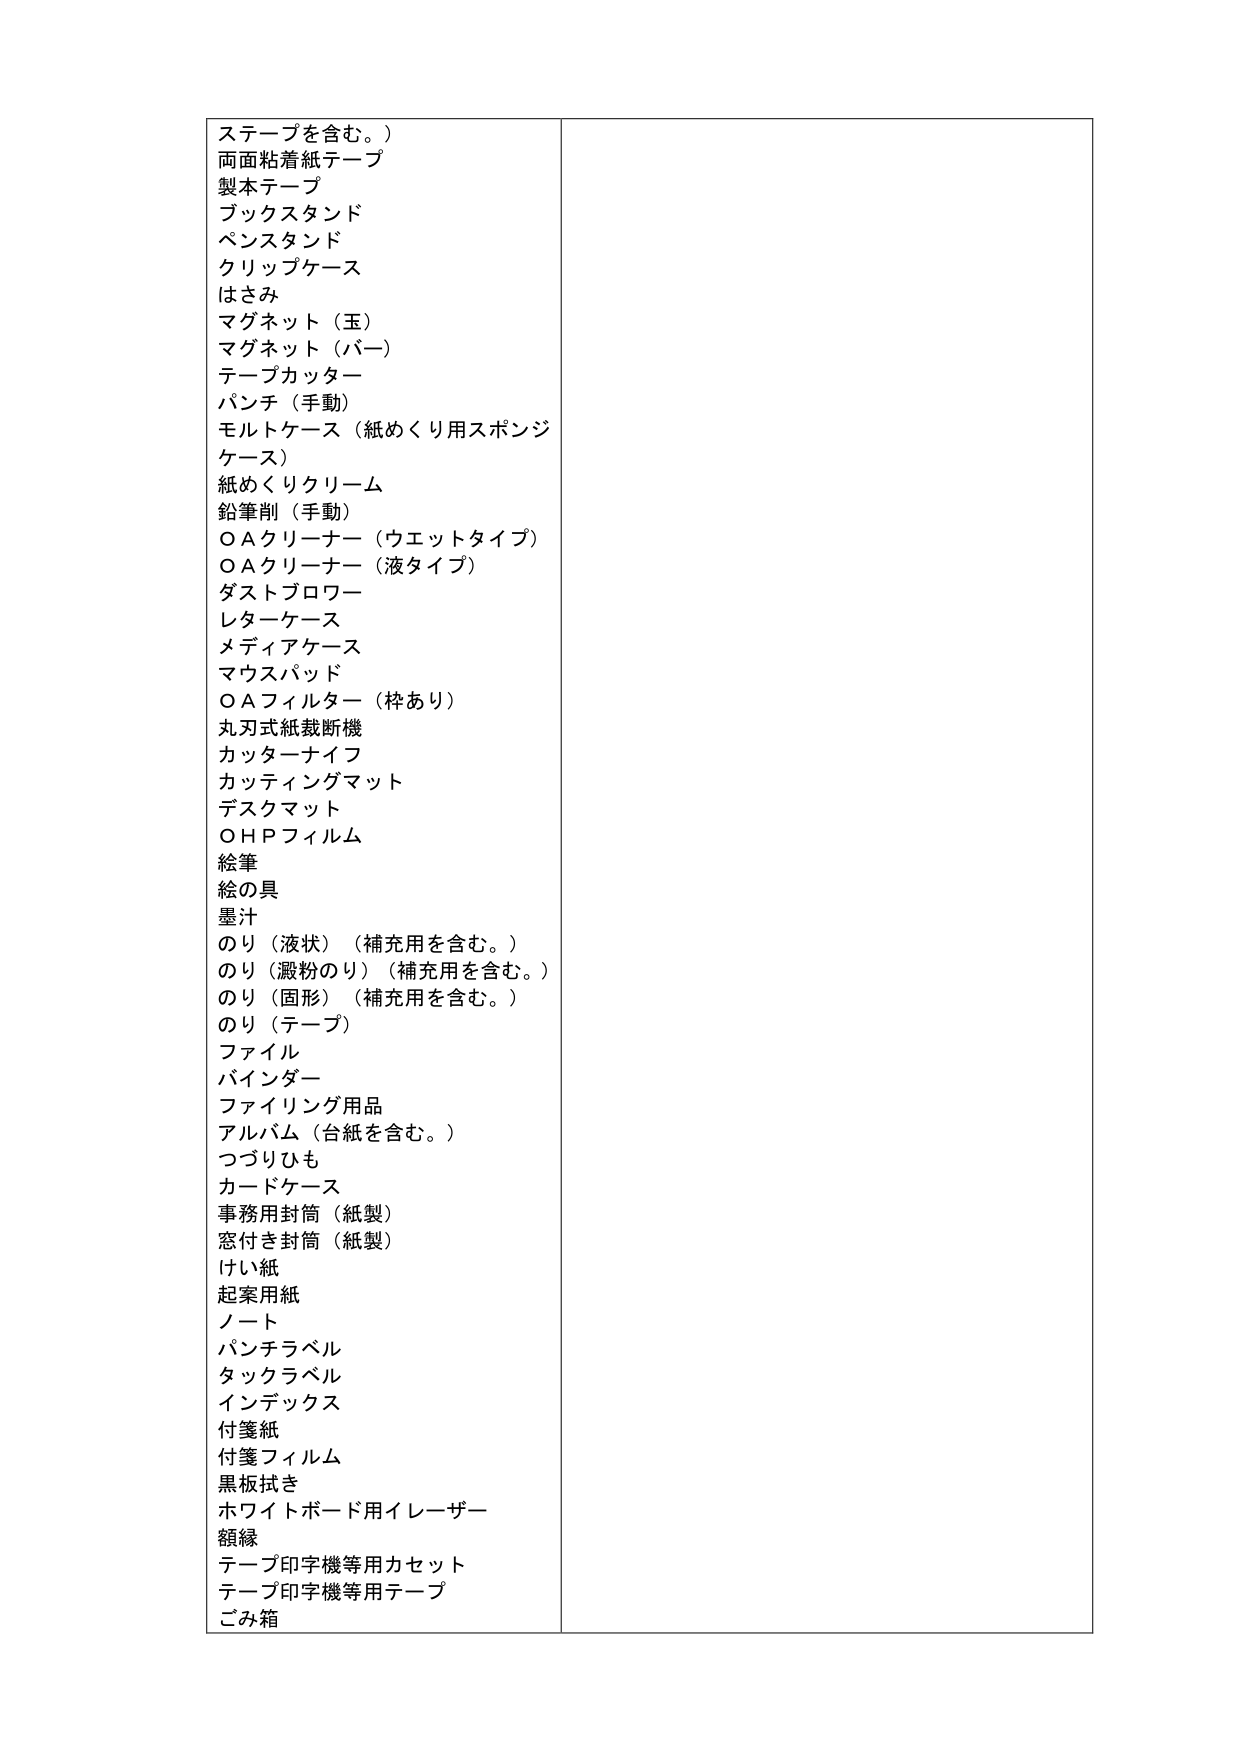
ステープを含む。）
両面粘着紙テープ
製本テープ
ブックスタンド
ペンスタンド
クリップケース
はさみ
マグネット（玉）
マグネット（バー）
テープカッター
パンチ（手動）
モルトケース（紙めくり用スポンジ
ケース）
紙めくりクリーム
鉛筆削（手動）
ＯＡクリーナー（ウエットタイプ）
ＯＡクリーナー（液タイプ）
ダストブロワー
レターケース
メディアケース
マウスパッド
ＯＡフィルター（枠あり）
丸刃式紙裁断機
カッターナイフ
カッティングマット
デスクマット
ＯＨＰフィルム
絵筆
絵の具
墨汁
のり（液状）（補充用を含む。）
のり（澱粉のり）（補充用を含む。）
のり（固形）（補充用を含む。）
のり（テープ）
ファイル
バインダー
ファイリング用品
アルバム（台紙を含む。）
つづりひも
カードケース
事務用封筒（紙製）
窓付き封筒（紙製）
けい紙
起案用紙
ノート
パンチラベル
タックラベル
インデックス
付箋紙
付箋フィルム
黒板拭き
ホワイトボード用イレーザー
額縁
テープ印字機等用カセット
テープ印字機等用テープ
ごみ箱